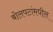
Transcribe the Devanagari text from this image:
बोलपटांमधील